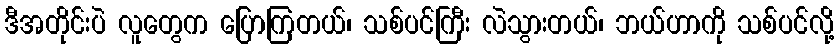
ဒီအတိုင်းပဲ လူတွေက ပြောကြတယ်၊ သစ်ပင်ကြီး လဲသွားတယ်၊ ဘယ်ဟာကို သစ်ပင်လို့